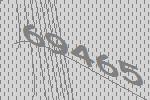
69465